Burma Government Medical School reports 1907-22
Year: 1907
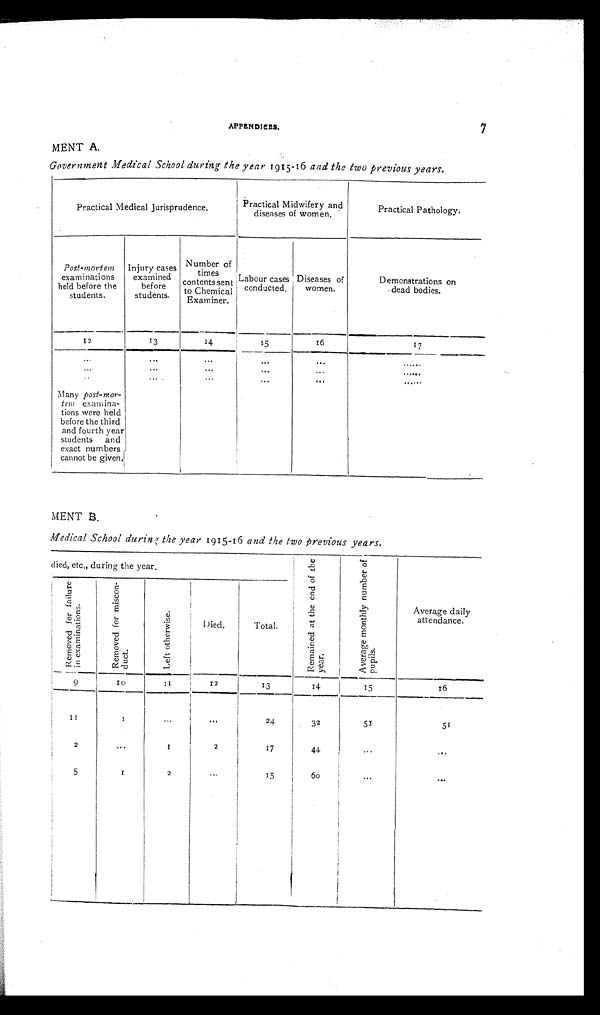
APPENDICES.
7
MENT A.
Government Medical School during the year 1914-15 and the two previous years.
Practical Medical Jurisprudence.
Practical Midwifery and
diseases of women.
Practical Pathology.
Post-mortem
examination
held before the
students.
Injury cases
examined
before
students.
Number of
times
contents sent
to Chemical
Examiner.
Labour cases
conducted.
Diseases of
women.
Demonstrations on
dead bodies.
12
13
14
15
16
17
...
...
...
...
...
......
...
...
...
...
...
......
...
...
...
...
...
......
Many post-mor-
tem examina-
tions were held
before the third
and fourth year
students and
exact numbers
cannot be given.
MENT B.
Medical School during the year 1914-15 and the two Previous years.
died, etc., during the year,
R e m a i n e d a t t h e e n d o f t h e y e a r .
A v e r a g e m o n t h l y n u m b e r o f p u p i l s .
Average
daily attendance.
R e m o v e d f o r f a i l u r e i n e x a m i n a t i o n s .
R e m o v e d f o r m i s c o n d u c t .
Lef t ot her wi se.
Died.
Total.
9
10
11
12
13
14
15
16
11
1
...
...
2 4
32
51
51
2
...
1
2
17
44
...
...
5
1
2
...
15
60
...
...